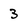
Character: 3